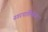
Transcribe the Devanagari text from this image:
नगरपालिकेवर